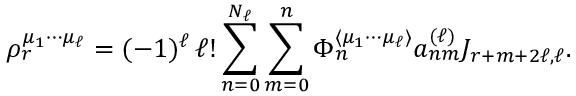
\rho _ { r } ^ { \mu _ { 1 } \cdots \mu _ { \ell } } = ( - 1 ) ^ { \ell } \, \ell ! \sum _ { n = 0 } ^ { N _ { \ell } } \sum _ { m = 0 } ^ { n } \Phi _ { n } ^ { \langle \mu _ { 1 } \cdots \mu _ { \ell } \rangle } a _ { n m } ^ { ( \ell ) } J _ { r + m + 2 \ell , \ell } .